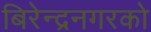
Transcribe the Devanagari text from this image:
बिरेन्द्रनगरको